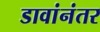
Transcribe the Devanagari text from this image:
डावांनंतर